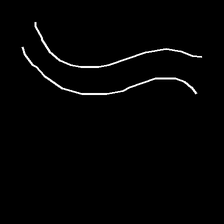
Glyph: float